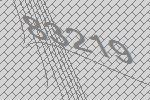
83219